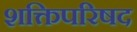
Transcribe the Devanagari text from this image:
शक्तिपरिषद